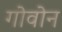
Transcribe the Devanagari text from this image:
गोवोन